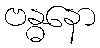
ဗန္ဓနော